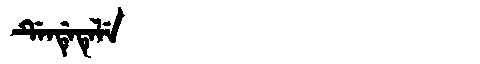
Manchu: ᡩᡝᠨᡩᡝᡨᡝᠯᡝ
Romanization: DENDETELE